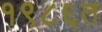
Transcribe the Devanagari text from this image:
१९८६त